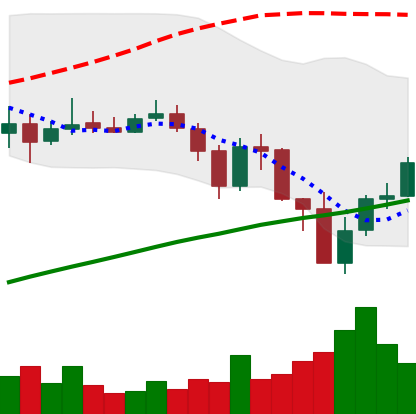
Ticker: BNB-USD
Chart end date: 2019-07-20
Forward return: -6.057%
Label: down_5_7